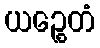
ယဉ္စေတံ